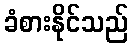
ခံစားနိုင်သည်